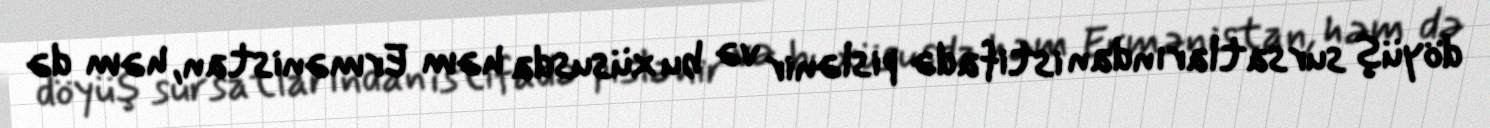
döyüş sursatlarından istifadə pislənir və bu xüsusda həm Ermənistan, həm də